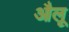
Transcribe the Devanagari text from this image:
औलू